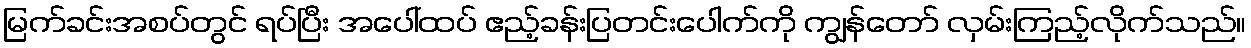
မြက်ခင်းအစပ်တွင် ရပ်ပြီး အပေါ်ထပ် ဧည့်ခန်းပြတင်းပေါက်ကို ကျွန်တော် လှမ်းကြည့်လိုက်သည်။